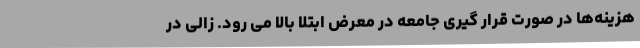
هزینه‌ها در صورت قرار گیری جامعه در معرض ابتلا بالا می رود. زالی در